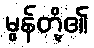
မွန်တို့၏